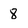
Character: 8